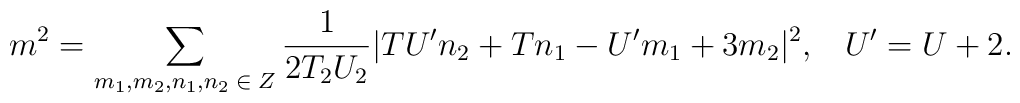
m^2= \sum_{m_1, m_2, n_1, n_2\;\in\;Z} \frac{1}{2T_2U_2}|TU^{\prime}n_2 + T n_1 - U^{\prime}m_1 + 3m_2|^2,\;\;\;U^{\prime} = U+2.